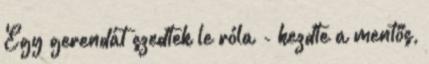
Egy gerendát szedtek le róla - kezdte a mentős,